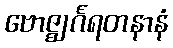
ဗောဇ္ဈင်္ဂရတနာနံ